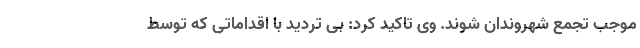
موجب تجمع شهروندان شوند. وی تاکید کرد: بی تردید با اقداماتی که توسط